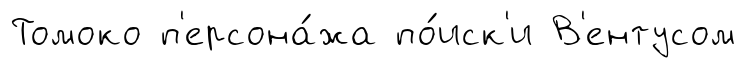
Томоко п'ерсона́жа по́иск'и В'ентусом